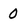
Character: 0